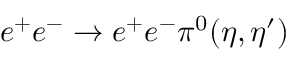
e ^ { + } e ^ { - } \rightarrow e ^ { + } e ^ { - } \pi ^ { 0 } ( \eta , \eta ^ { \prime } )